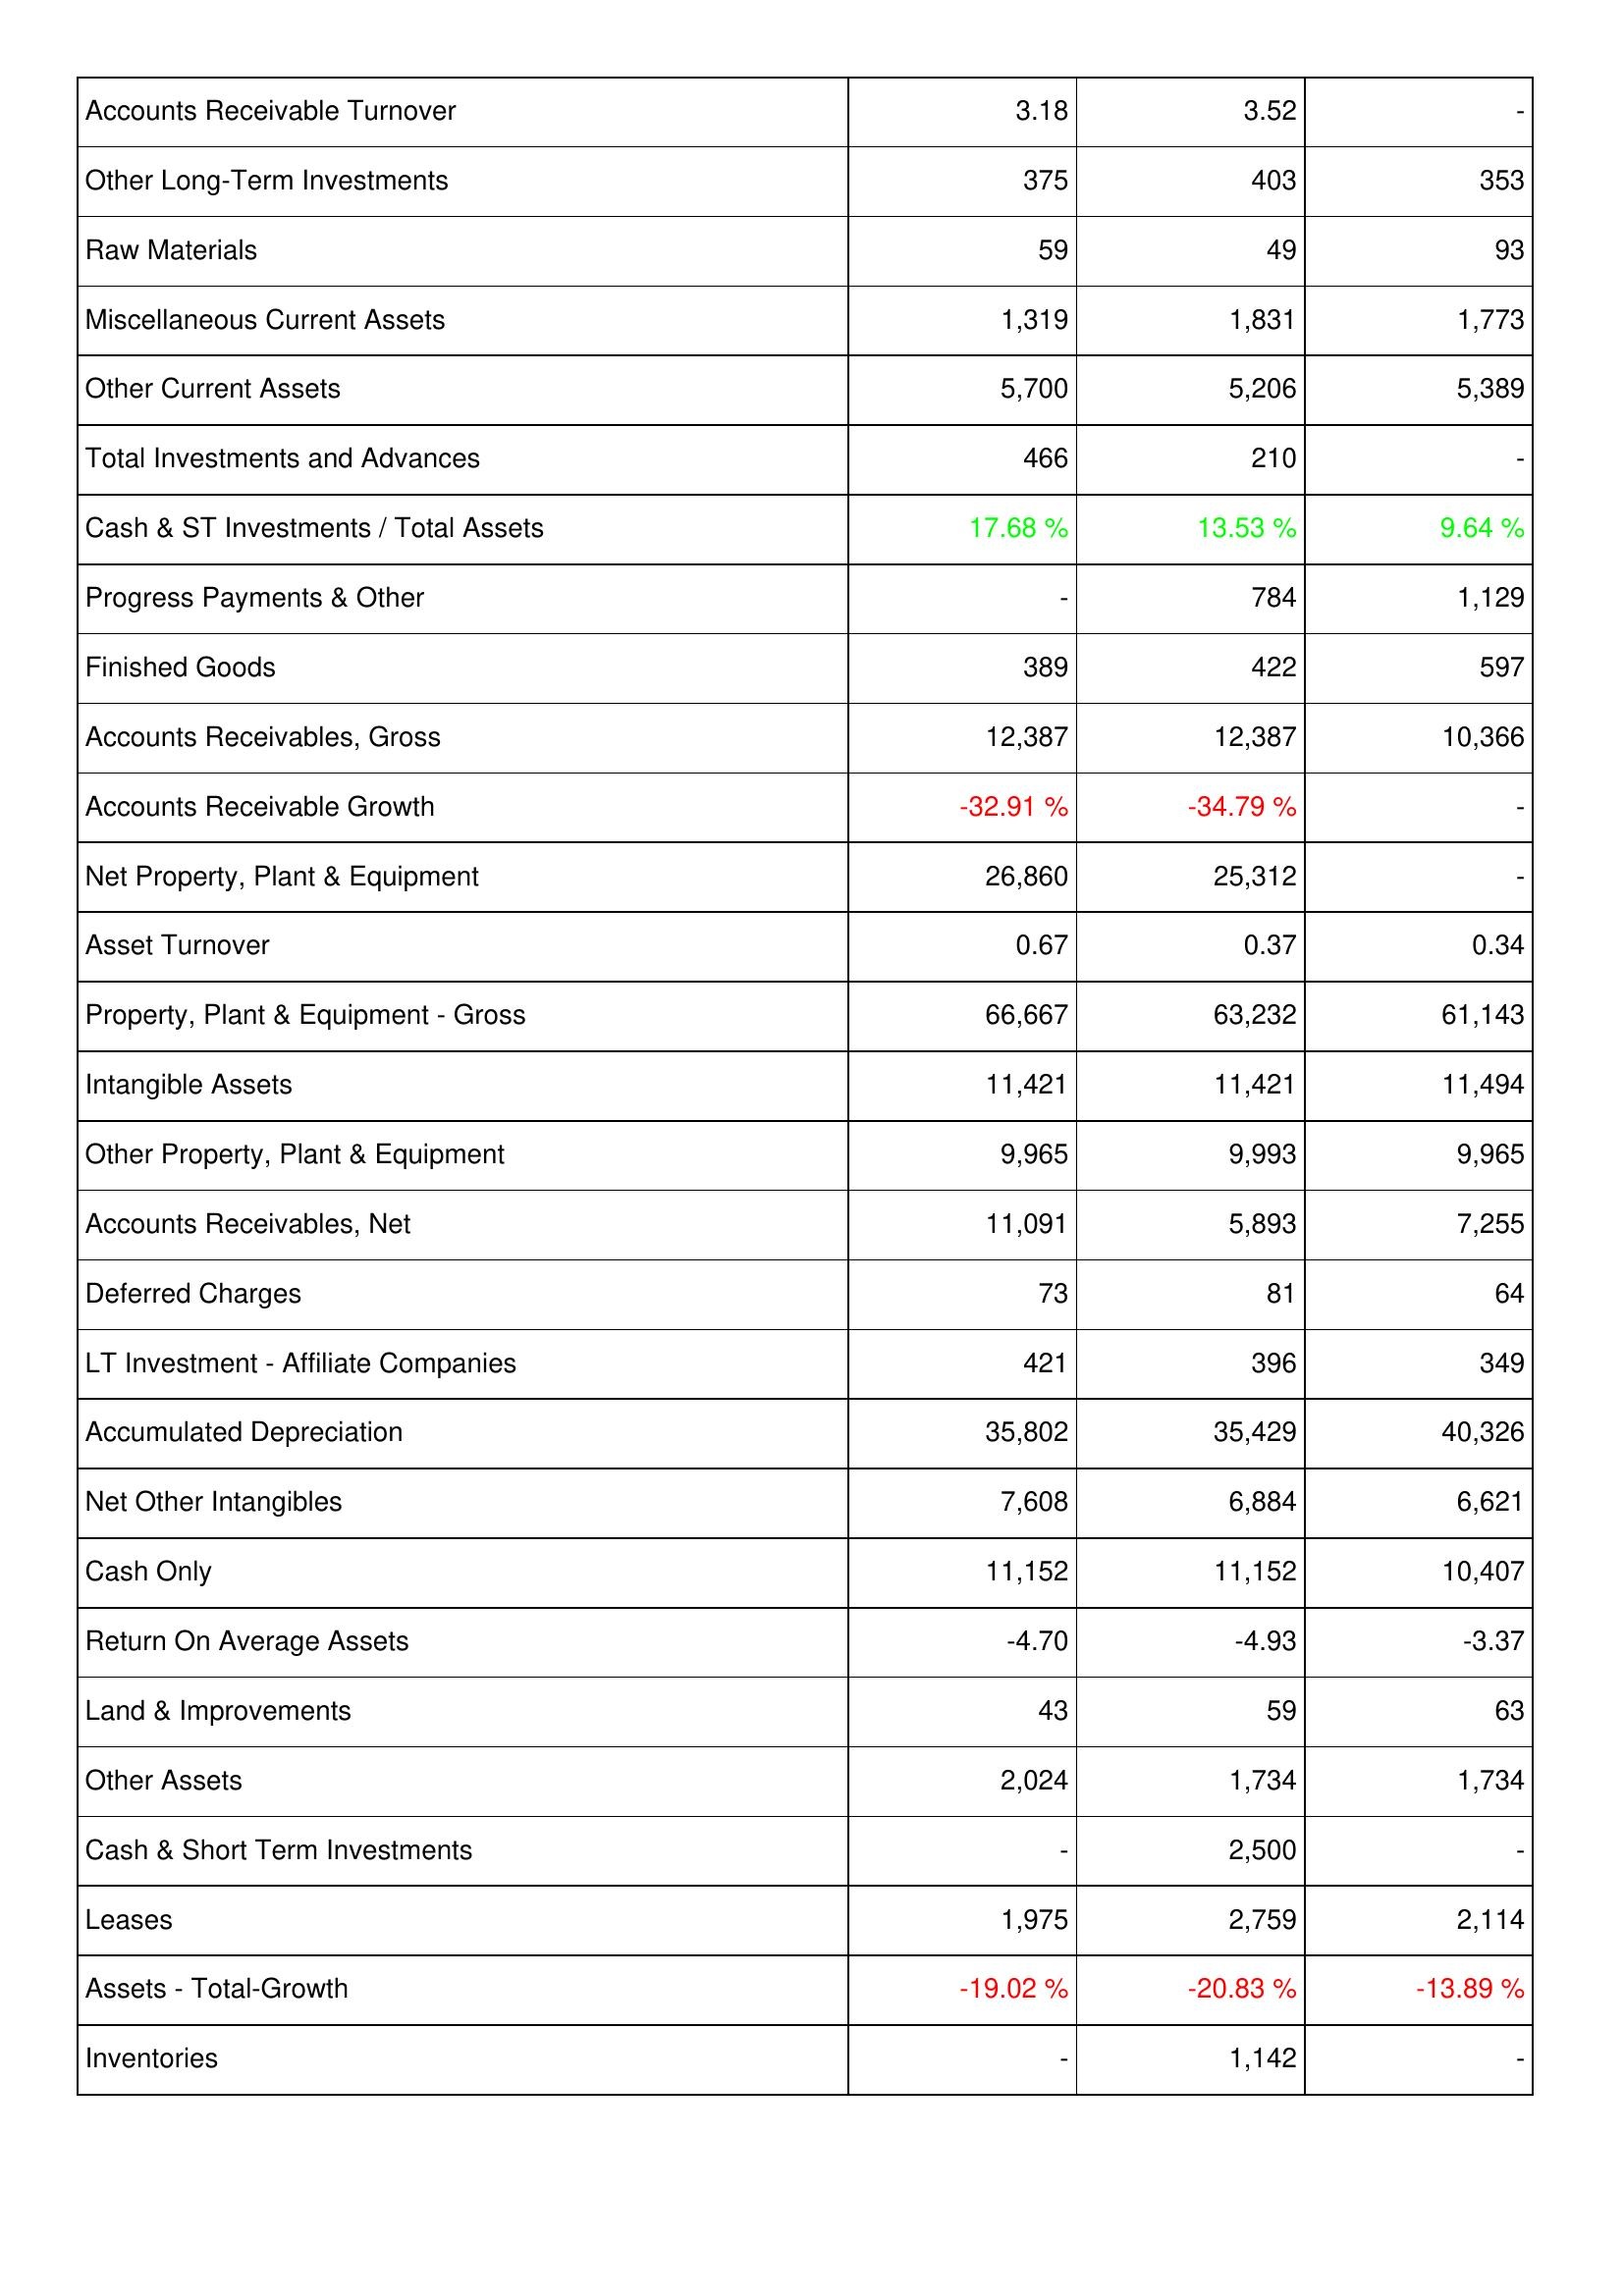
2021: Assets: Accounts Receivable Turnover: 3.18
Other Long-Term Investments: 375
Raw Materials: 59
Miscellaneous Current Assets: 1,319
Other Current Assets: 5,700
Total Investments and Advances: 466
Cash & ST Investments / Total Assets: 17.68 %
Progress Payments & Other: -
Finished Goods: 389
Accounts Receivables, Gross: 12,387
Accounts Receivable Growth: -32.91 %
Net Property, Plant & Equipment: 26,860
Asset Turnover: 0.67
Property, Plant & Equipment - Gross: 66,667
Intangible Assets: 11,421
Other Property, Plant & Equipment: 9,965
Accounts Receivables, Net: 11,091
Deferred Charges: 73
LT Investment - Affiliate Companies: 421
Accumulated Depreciation: 35,802
Net Other Intangibles: 7,608
Cash Only: 11,152
Return On Average Assets: -4.70
Land & Improvements: 43
Other Assets: 2,024
Cash & Short Term Investments: -
Leases: 1,975
Assets - Total-Growth: -19.02 %
Inventories: -
2022: Assets: Accounts Receivable Turnover: 3.52
Other Long-Term Investments: 403
Raw Materials: 49
Miscellaneous Current Assets: 1,831
Other Current Assets: 5,206
Total Investments and Advances: 210
Cash & ST Investments / Total Assets: 13.53 %
Progress Payments & Other: 784
Finished Goods: 422
Accounts Receivables, Gross: 12,387
Accounts Receivable Growth: -34.79 %
Net Property, Plant & Equipment: 25,312
Asset Turnover: 0.37
Property, Plant & Equipment - Gross: 63,232
Intangible Assets: 11,421
Other Property, Plant & Equipment: 9,993
Accounts Receivables, Net: 5,893
Deferred Charges: 81
LT Investment - Affiliate Companies: 396
Accumulated Depreciation: 35,429
Net Other Intangibles: 6,884
Cash Only: 11,152
Return On Average Assets: -4.93
Land & Improvements: 59
Other Assets: 1,734
Cash & Short Term Investments: 2,500
Leases: 2,759
Assets - Total-Growth: -20.83 %
Inventories: 1,142
2023: Assets: Accounts Receivable Turnover: -
Other Long-Term Investments: 353
Raw Materials: 93
Miscellaneous Current Assets: 1,773
Other Current Assets: 5,389
Total Investments and Advances: -
Cash & ST Investments / Total Assets: 9.64 %
Progress Payments & Other: 1,129
Finished Goods: 597
Accounts Receivables, Gross: 10,366
Accounts Receivable Growth: -
Net Property, Plant & Equipment: -
Asset Turnover: 0.34
Property, Plant & Equipment - Gross: 61,143
Intangible Assets: 11,494
Other Property, Plant & Equipment: 9,965
Accounts Receivables, Net: 7,255
Deferred Charges: 64
LT Investment - Affiliate Companies: 349
Accumulated Depreciation: 40,326
Net Other Intangibles: 6,621
Cash Only: 10,407
Return On Average Assets: -3.37
Land & Improvements: 63
Other Assets: 1,734
Cash & Short Term Investments: -
Leases: 2,114
Assets - Total-Growth: -13.89 %
Inventories: -